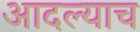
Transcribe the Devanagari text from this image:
आदल्याच